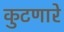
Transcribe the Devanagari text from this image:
कुटणारे